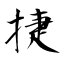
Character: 捷